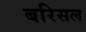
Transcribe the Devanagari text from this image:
बरिसल